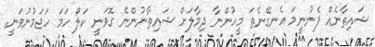
ޝައިޠާނެއް ފެނުނީމަ އެނގޭނެތަ މީހުންނާ ދިމާލަށް ޝައިޠާނުންނޭ ގޮވަނީ ކަލޯ ހަމަ ހަޖަމުނުވަނީ.